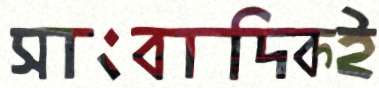
সাংবাদিকই